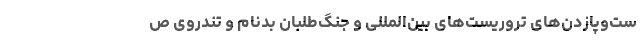
ست‌وپازدن‌های تروریست‌های بین‌المللی و جنگ‌طلبان بدنام و تندروی ص